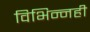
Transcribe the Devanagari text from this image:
विभिन्नही